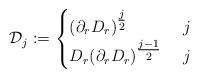
LaTeX: \begin{align*}\mathcal{D}_j := \begin{cases}(\partial_r D_r)^{\tfrac{j}{2}} & \ j \\D_r (\partial_r D_r)^{\tfrac{j-1}{2}} & \ j \end{cases}\end{align*}